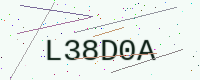
Text: L38D0A